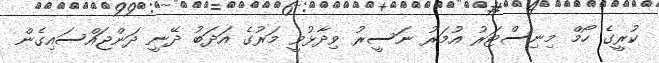
ކުރީގެ ހޯމް މިނިސްޓަރު އުމަރު ނަސީރު ވިދާޅުވީ މަރުގެ އަދަބު ދޭނީ ދަންޖައްސައިގެން